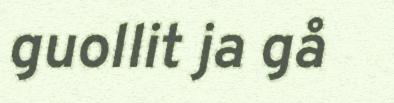
guollit ja gå